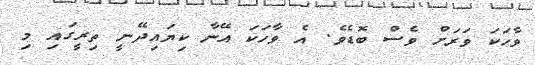
ވާހަކަ ވަރަށް ވެސް ބޮޑެވެ. އެ ވާހަކަ އޭނާ ކިޔައިދޭނީ ތިރީގައި މި